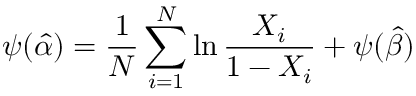
\psi ( { \hat { \alpha } } ) = { \frac { 1 } { N } } \sum _ { i = 1 } ^ { N } \ln { \frac { X _ { i } } { 1 - X _ { i } } } + \psi ( { \hat { \beta } } )